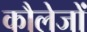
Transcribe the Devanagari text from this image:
कौलेजों